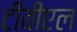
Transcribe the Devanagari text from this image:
टीवीएल